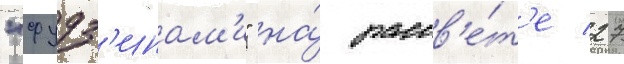
"фудз'инам'и" на́ рассв'е́т'е 27